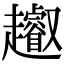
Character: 𧾩